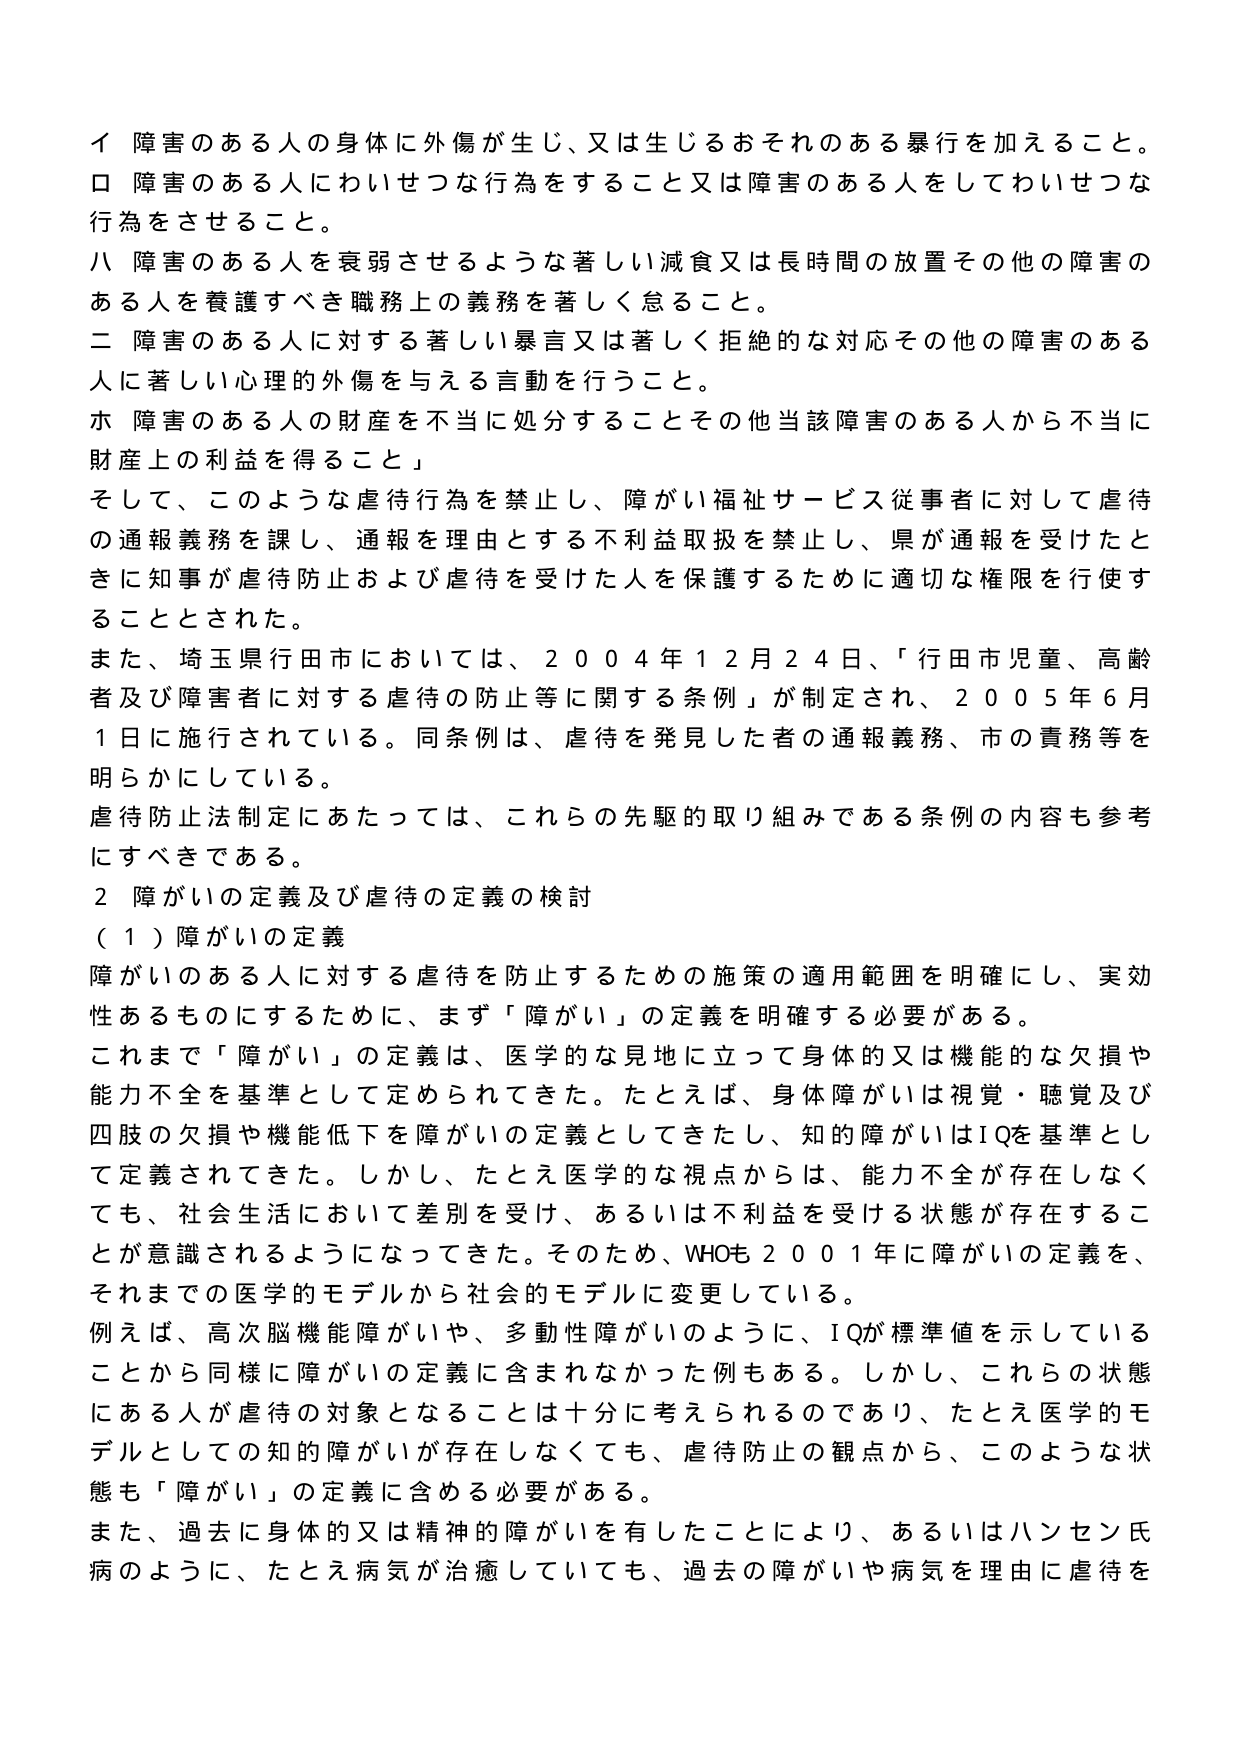
イ 障害のある人の身体に外傷が生じ、又は生じるおそれのある暴行を加えること。
ロ 障害のある人にわいせつな行為をすること又は障害のある人をしてわいせつな行為をさせること。
ハ 障害のある人を衰弱させるような著しい減食又は長時間の放置その他の障害のある人を養護すべき職務上の義務を著しく怠ること。
ニ 障害のある人に対する著しい暴言又は著しく拒絶的な対応その他の障害のある人に著しい心理的外傷を与える言動を行うこと。
ホ 障害のある人の財産を不当に処分することその他当該障害のある人から不当に財産上の利益を得ること」

そして、このような虐待行為を禁止し、障がい福祉サービス従事者に対して虐待の通報義務を課し、通報を理由とする不利益取扱を禁止し、県が通報を受けたときに知事が虐待防止および虐待を受けた人を保護するために適切な権限を行使することとされた。

また、埼玉県行田市においては、２００４年１２月２４日、「行田市児童、高齢者及び障害者に対する虐待の防止等に関する条例」が制定され、２００５年６月１日に施行されている。同条例は、虐待を発見した者の通報義務、市の責務等を明らかにしている。

虐待防止法制定にあたっては、これらの先駆的取り組みである条例の内容も参考にすべきである。

２ 障がいの定義及び虐待の定義の検討
（１）障がいの定義

障がいのある人に対する虐待を防止するための施策の適用範囲を明確にし、実効性あるものにするために、まず「障がい」の定義を明確する必要がある。

これまで「障がい」の定義は、医学的な見地に立って身体的又は機能的な欠損や能力不全を基準として定められてきた。たとえば、身体障がいは視覚・聴覚及び四肢の欠損や機能低下を障がいの定義としてきたし、知的障がいはIQを基準として定義されてきた。しかし、たとえ医学的な視点からは、能力不全が存在しなくても、社会生活において差別を受け、あるいは不利益を受ける状態が存在することが意識されるようになってきた。そのため、WHOも２００１年に障がいの定義を、それまでの医学的モデルから社会的モデルに変更している。

例えば、高次脳機能障がいや、多動性障がいのように、IQが標準値を示していることから同様に障がいの定義に含まれなかった例もある。しかし、これらの状態にある人が虐待の対象となることは十分に考えられるのであり、たとえ医学的モデルとしての知的障がいが存在しなくても、虐待防止の観点から、このような状態も「障がい」の定義に含める必要がある。

また、過去に身体的又は精神的障がいを有したことにより、あるいはハンセン氏病のように、たとえ病気が治癒していても、過去の障がいや病気を理由に虐待を